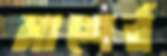
মাশের্র